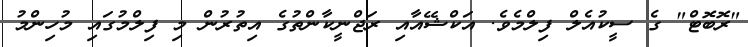
"ރޮބޮޓް" ގެ ސީކުއެލް ފިލްމެވެ. އަކްޝޭއާއި ރަޖްނީކާންތުގެ އިތުރުން މި ފިލްމުގައި މުހިންމު